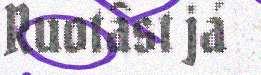
Ruotâst já